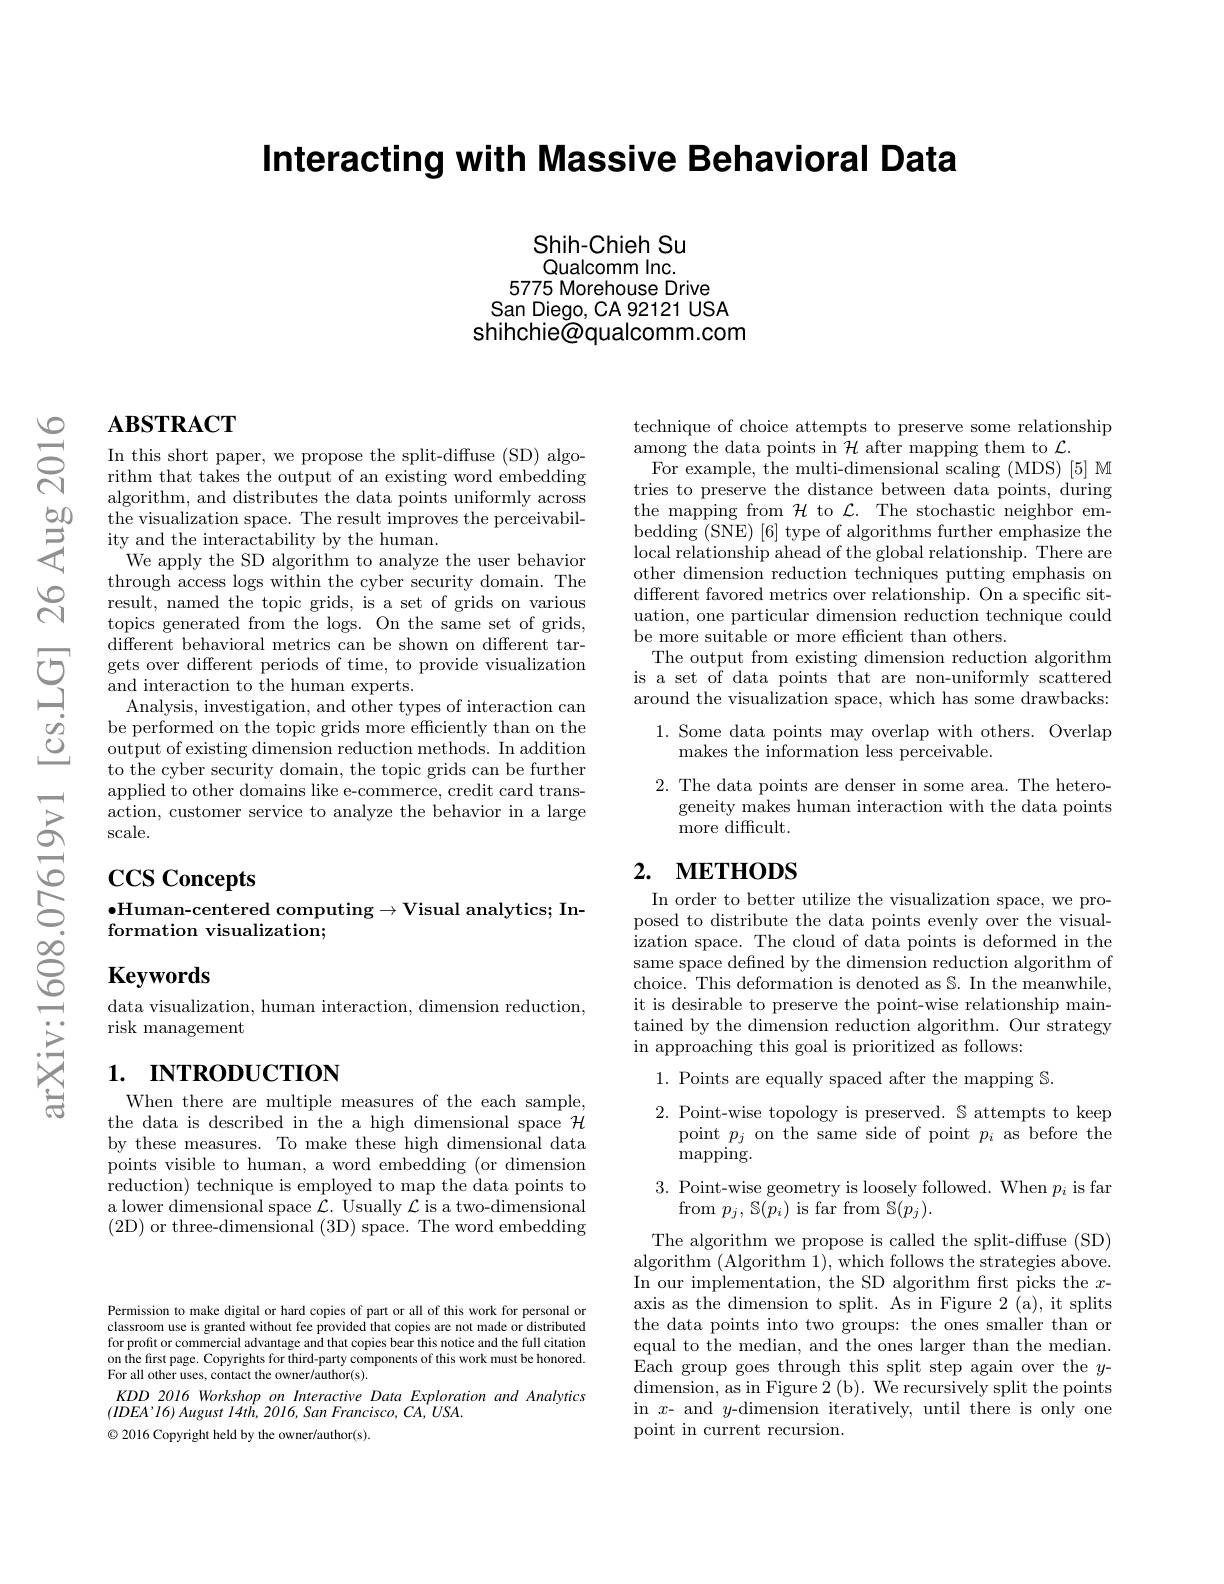
Interacting with Massive Behavioral Data

Shih-Chieh Su Qualcomm Inc.
5775 Morehouse Drive San Diego, CA 92121 USA
shihchie@qualcomm.com

# $\mathbf{ABSTRACT}$

In this short paper, we propose the split-diffuse (SD) algorithm that takes the output of an existing word embedding algorithm, and distributes the data points uniformly across $\bar{\text{the visualization space. The result improves the perceivabil-}}$ ity and the interactability by the human.
We apply the SD algorithm to analyze the user behavior through access logs within the cyber security domain. The result, named the topic grids, is a set of grids on various topics generated from the logs. On the same set of grids, $\tilde{\text{different behavioral metrics can be shown on different tar-}}$ gets over different periods of time, to provide visualization and interaction to the human experts.
Analysis, investigation, and other types of interaction can be performed on the topic grids more efficiently than on the output of existing dimension reduction methods. In addition to the cyber security domain, the topic grids can be further applied to other domains like e-commerce, credit card transaction, customer service to analyze the behavior in a large scale.

# $\operatorname{CCS}$ Concepts

### $\bullet$Human-centered computing$\to$Visual analytics; Information visualization;

$\mathbf{Keywords}$

data visualization, human interaction, dimension reduction,
risk management

# 1. пткорUCTION

When there are multiple measures of the each sample, the data is described in the a high dimensional space $\mathcal{H}$ by these measures. To make these high dimensional data points visible to human, a word embedding (or dimension reduction) technique is employed to map the data points to a lower dimensional space $\mathcal{L}.$ Usually $\mathcal{L}$ is a two-dimensional (2D) or three-dimensional (3D) space. The word embedding

technique of choice attempts to preserve some relationship
among the data points in $\mathcal{H}$ after mapping them to $\mathcal{L}.$
For example, the multi-dimensional scaling (MDS) [5] M tries to preserve the distance between data points, during the mapping from $\mathcal{H}$ to $\mathcal{L}.$ The stochastic neighbor embedding (SNE) [6] type of algorithms further emphasize the local relationship ahead of the global relationship. There are other dimension reduction techniques putting emphasis on different favored metrics over relationship. On a specific situation, one particular dimension reduction technique could be more suitable or more effcient than others.
The output from existing dimension reduction algorithm is a set of data points that are non-uniformly scattered around the visualization space, which has some drawbacks:
1. Some data points may overlap with others. Overlap
makes the information less perceivable.
2. The data points are denser in some area. The hetero-
geneity makes human interaction with the data points
${\overset{\circ}{\operatorname*{\operatorname*{more}}}}{\overset{\smile}{\operatorname*{\operatorname*{difficult}}}}.$

## 2. METHODS

In order to better utilize the visualization space, we proposed to distribute the data points evenly over the visualization space. The cloud of data points is deformed in the same space defined by the dimension reduction algorithm of choice. This deformation is denoted as S. In the meanwhile, it is desirable to preserve the point-wise relationship maintained by the dimension reduction algorithm. Our strategy in approaching this goal is prioritized as follows:

1. Points are equally spaced after the mapping S.

2.Point-wise topology is preserved. S attempts to keep
point $p_j$ on the same side of point $p_i$ as before the
$\max$pping.
3. Point-wise geometry is loosely followed. When $p_i$ is far
from $p_j,\mathbb{S}(\bar{p_i})$ is far from S$(p_j).$

The algorithm we propose is called the split-diffuse (SD) algorithm (Algorithm 1),which follows the strategies above. In our implementation, the SD algorithm frst picks the $x$- axis as the dimension to split. As in Figure 2 (a), it splits the data points into two groups: the ones smaller than or equal to the median, and the ones larger than the median. Each group goes through this split step again over the $y$- dimension, as in Figure 2 ( b) . We recursively split the points in $x$- and $y$-dimension iteratively, until there is only one point in current recursion.

Permission to make digital or hard copies of part or all of this work for personal or classroom use is granted without fee provided that copies are not made or distributed for profit or commercial advantage and that copies bear this notice and the full citation on the first page. Copyrights for third-party components of this work must be honored. For all other uses, contact the owner/author(s).
KDD 2016 Workshop on Interactive Data Exploration and Analytics
$(IDEA’I6)$ August I4th, 2016, San Francisco, CA, USA.
$\textcircled{\circ}$ 2016 Copyright held by the owner/author(s).